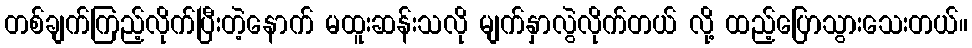
တစ်ချက်ကြည့်လိုက်ပြီးတဲ့နောက် မထူးဆန်းသလို မျက်နှာလွဲလိုက်တယ် လို့ ထည့်ပြောသွားသေးတယ်။